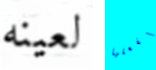
لعينه ليفعلها